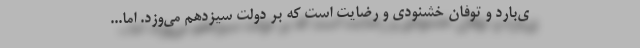
ی‌بارد و توفان خشنودی و رضایت است که بر دولت سیزدهم می‌وزد. اما...